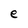
Character: e